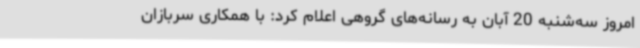
امروز سه‌شنبه 20 آبان به رسانه‌های گروهی اعلام کرد: با همکاری سربازان